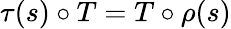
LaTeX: \tau(s)\circ T=T\circ\rho(s)